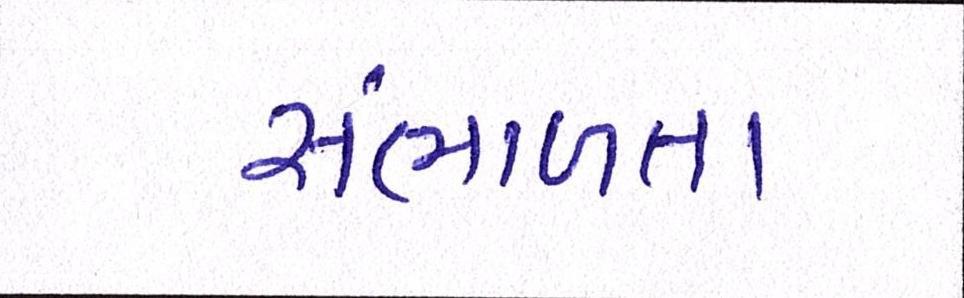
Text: સંભાળતા